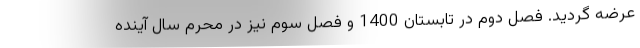
عرضه گردید. فصل دوم در تابستان 1400 و فصل سوم نیز در محرم سال آینده